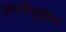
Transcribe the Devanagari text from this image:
इंस्‍टीच्‍यूशन